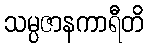
သမ္ပဇာနကာရီတိ